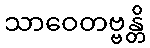
သာဝေတဗ္ဗန္တိ